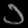
Digit: ၁